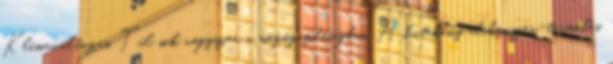
Klímaváltozás. Túl sok vegyszer a mezőgazdaságban. A hatékony élelmiszer-termelés